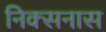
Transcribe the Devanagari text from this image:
निक्सनास